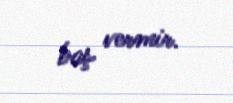
baş vermir.